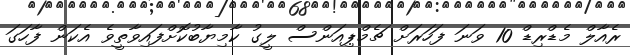
ރެއާލް މެޑްރިޑް 10 ވަނަ ފަހަރަށް ޗެމްޕިއަންސް ލީގު ކާމިޔާބުކޮށްފައިވާތީވެ އެކަން ފާހަގަ